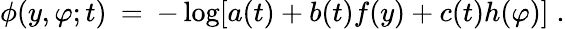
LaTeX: \phi(y,\varphi;t)\: =\: -\log[a(t)+b(t)f(y)+c(t)h(\varphi)]\; .